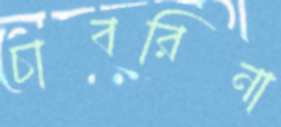
চাবরিনা